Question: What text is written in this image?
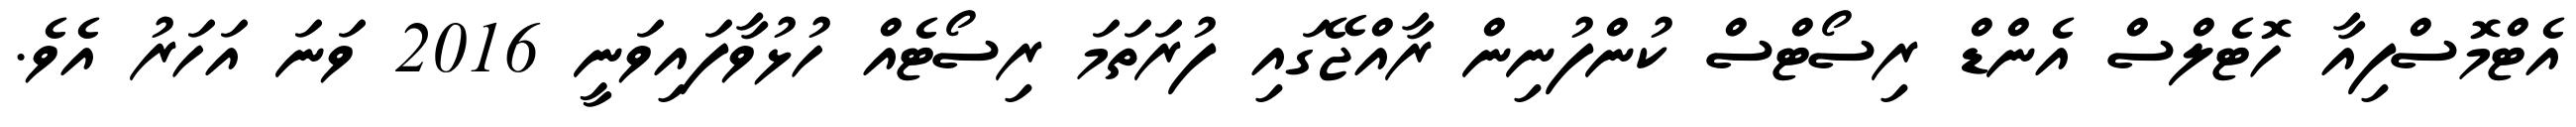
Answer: އެޓްމޮސްފިއާ ހޮޓެލްސް އެންޑް ރިސޯޓްސް ކުންފުނިން ރާއްޖޭގައި ފުރަތަމަ ރިސޯޓެއް ހުޅުވާފައިވަނީ 2016 ވަނަ އަހަރު އެވެ.